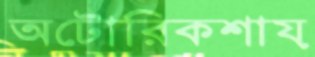
অটোরিকশায়